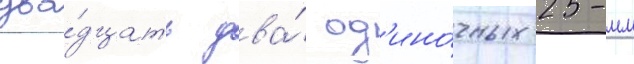
два́дцать два́ од'ино́чных 25-мм